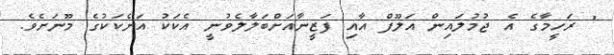
" ރަހީމާގެ އެ ޖުމުލައިން އަލޫފް އާއި ފަޒީނާއަށްބަލާލެވުނީ އެކަކު އަނެކަކުގެ މޫނަށެވެ.